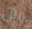
مثل